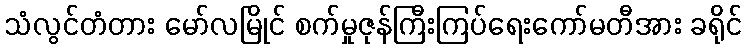
သံလွင်တံတား မော်လမြိုင် စက်မှုဇုန်ကြီးကြပ်ရေးကော်မတီအား ခရိုင်